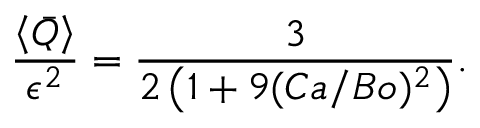
\frac { \left< \bar { Q } \right> } { \epsilon ^ { 2 } } = \frac { 3 } { 2 \left( 1 + 9 ( C a / B o ) ^ { 2 } \right) } .